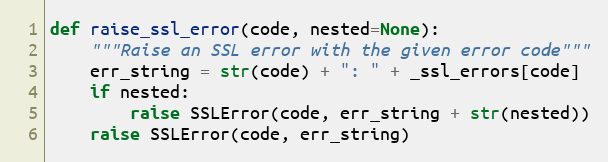
Language: Python
def raise_ssl_error(code, nested=None):
    """Raise an SSL error with the given error code"""
    err_string = str(code) + ": " + _ssl_errors[code]
    if nested:
        raise SSLError(code, err_string + str(nested))
    raise SSLError(code, err_string)